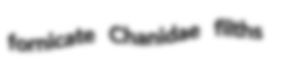
fornicate Chanidae filths